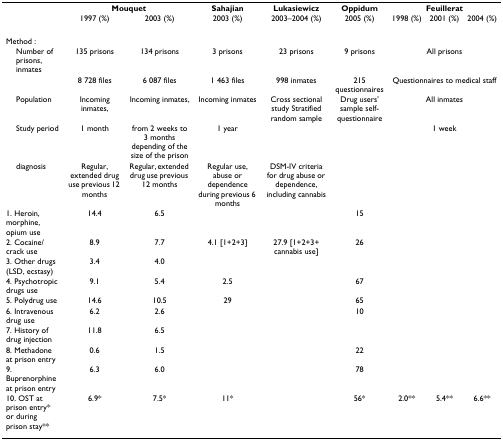
<table><thead><tr><td></td><td colspan="2"><b>Mouquet</b></td><td><b>Sahajian</b></td><td><b>Lukasiewicz</b></td><td><b>Oppidum</b></td><td colspan="3"><b>Feuillerat</b></td></tr><tr><td></td><td><b>1997 (%)</b></td><td><b>2003 (%)</b></td><td><b>2003 (%)</b></td><td><b>2003–2004 (%)</b></td><td><b>2005 (%)</b></td><td><b>1998 (%)</b></td><td><b>2001 (%)</b></td><td><b>2004 (%)</b></td></tr></thead><tbody><tr><td>Method :</td><td></td><td></td><td></td><td></td><td></td><td></td><td></td><td></td></tr><tr><td> Number of prisons, inmates</td><td>135 prisons</td><td>134 prisons</td><td>3 prisons</td><td>23 prisons</td><td>9 prisons</td><td colspan="3">All prisons</td></tr><tr><td></td><td>8 728 files</td><td>6 087 files</td><td>1 463 files</td><td>998 inmates</td><td>215 questionnaires</td><td colspan="3">Questionnaires to medical staff</td></tr><tr><td> Population</td><td>Incoming inmates,</td><td>Incoming inmates,</td><td>Incoming inmates</td><td>Cross sectional study Stratified random sample</td><td>Drug users&#x27; sample self-questionnaire</td><td colspan="3">All inmates</td></tr><tr><td> Study period</td><td>1 month</td><td>from 2 weeks to 3 months depending of the size of the prison</td><td>1 year</td><td></td><td></td><td colspan="3">1 week</td></tr><tr><td> diagnosis</td><td>Regular, extended drug use previous 12 months</td><td>Regular, extended drug use previous 12 months</td><td>Regular use, abuse or dependence during previous 6 months</td><td>DSM-IV criteria for drug abuse or dependence, including cannabis</td><td></td><td></td><td></td><td></td></tr><tr><td>1. Heroin, morphine, opium use</td><td>14.4</td><td>6.5</td><td></td><td></td><td>15</td><td></td><td></td><td></td></tr><tr><td>2. Cocaine/crack use</td><td>8.9</td><td>7.7</td><td>4.1 [1+2+3]</td><td>27.9 [1+2+3+ cannabis use]</td><td>26</td><td></td><td></td><td></td></tr><tr><td>3. Other drugs (LSD, ecstasy)</td><td>3.4</td><td>4.0</td><td></td><td></td><td></td><td></td><td></td><td></td></tr><tr><td>4. Psychotropic drugs use</td><td>9.1</td><td>5.4</td><td>2.5</td><td></td><td>67</td><td></td><td></td><td></td></tr><tr><td>5. Polydrug use</td><td>14.6</td><td>10.5</td><td>29</td><td></td><td>65</td><td></td><td></td><td></td></tr><tr><td>6. Intravenous drug use</td><td>6.2</td><td>2.6</td><td></td><td></td><td>10</td><td></td><td></td><td></td></tr><tr><td>7. History of drug injection</td><td>11.8</td><td>6.5</td><td></td><td></td><td></td><td></td><td></td><td></td></tr><tr><td>8. Methadone at prison entry</td><td>0.6</td><td>1.5</td><td></td><td></td><td>22</td><td></td><td></td><td></td></tr><tr><td>9. Buprenorphine at prison entry</td><td>6.3</td><td>6.0</td><td></td><td></td><td>78</td><td></td><td></td><td></td></tr><tr><td>10. OST at prison entry* or during prison stay**</td><td>6.9*</td><td>7.5*</td><td>11*</td><td></td><td>56*</td><td>2.0**</td><td>5.4**</td><td>6.6**</td></tr></tbody></table>